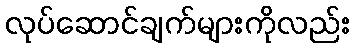
လုပ်ဆောင်ချက်များကိုလည်း